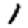
Digit: 1